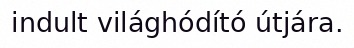
indult világhódító útjára.